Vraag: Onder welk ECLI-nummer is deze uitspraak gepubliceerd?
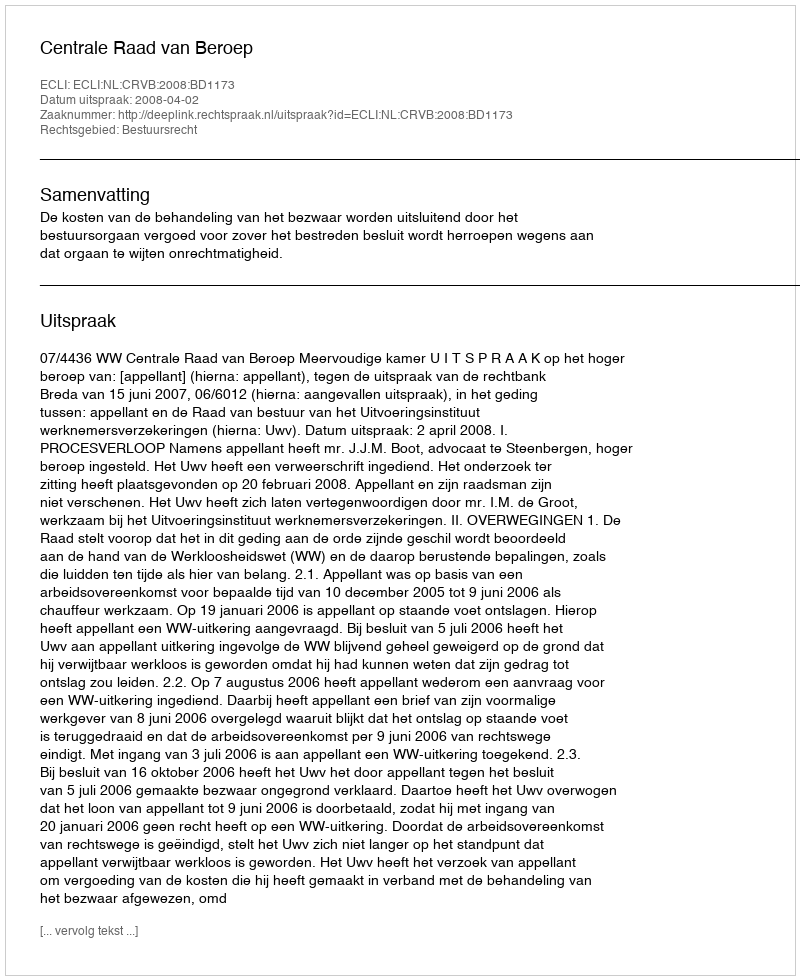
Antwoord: ECLI:NL:CRVB:2008:BD1173